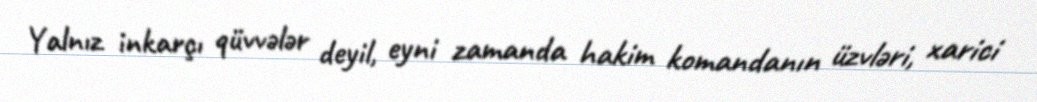
Yalnız inkarçı qüvvələr deyil, eyni zamanda hakim komandanın üzvləri, xarici